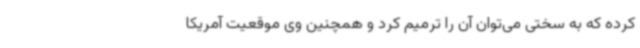
کرده که به سختی می‌توان آن را ترمیم کرد و همچنین وی موقعیت آمریکا